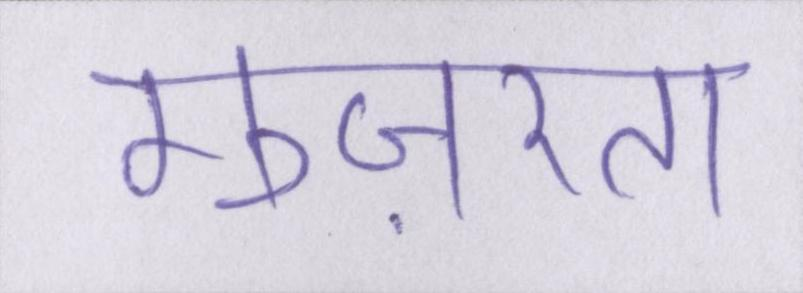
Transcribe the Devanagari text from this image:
गुज़रता